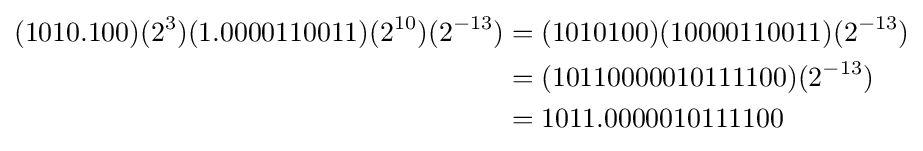
{\begin{aligned}(1010.100)(2^{3})(1.0000110011)(2^{10})(2^{-13})&=(1010100)(10000110011)(2^{-13})\\&=(10110000010111100)(2^{-13})\\&=1011.0000010111100\end{aligned}}